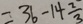
= 3 6 - 1 4 \frac { 2 } { 3 }